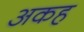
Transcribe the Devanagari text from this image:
अकह